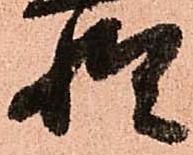
惶